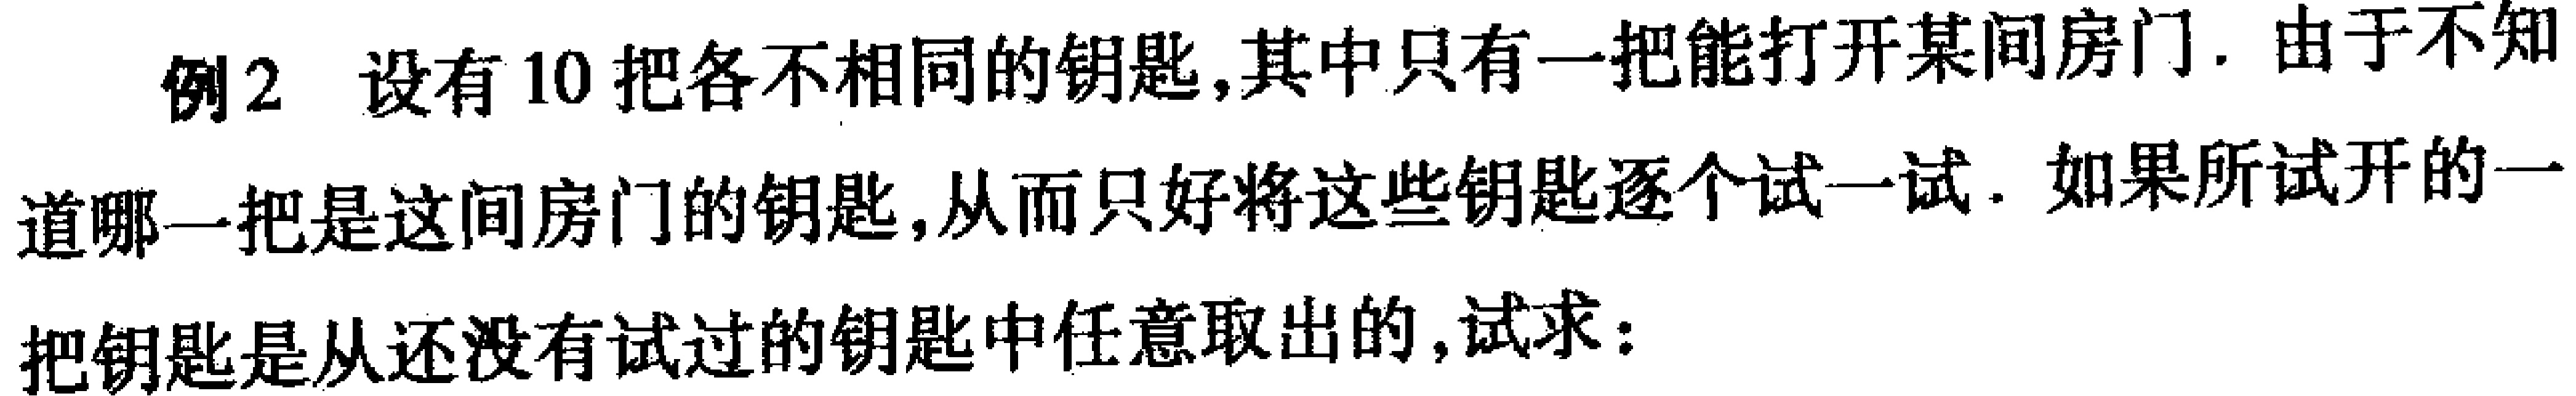
例2 设有10把各不相同的钥匙,其中只有一把能打开某间房门. 由于不知道哪一把是这间房门的钥匙,从而只好将这些钥匙逐个试一试. 如果所试开的一把钥匙是从还没有试过的钥匙中任意取出的,试求: